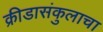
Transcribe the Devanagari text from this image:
क्रीडासंकुलाचा